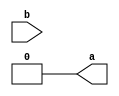
module synthesis_compare_xz (a,b);
output a;
input b;
reg a;
  	 
always @ (b)
begin
  if ((b == 1'bz) || (b == 1'bx)) begin
    a = 1;
  end else begin
    a = 0;
  end
end  
  	  	 
endmodule